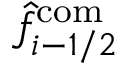
\hat { f } _ { i - 1 / 2 } ^ { \mathrm { c o m } }